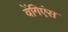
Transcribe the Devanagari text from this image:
वेंगिएंस